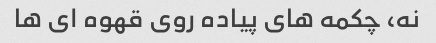
نه، چکمه های پیاده روی قهوه ای ها